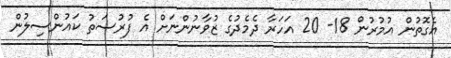
އެގޮތުން އުމުރުން 18- 20 އަހަރާ ދެމެދުގެ ޒުވާނުންނަށް އެ ފުރުސަތު ކައުންސިލުން